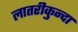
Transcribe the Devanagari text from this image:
लातरीकुन्दा